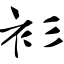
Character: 衫